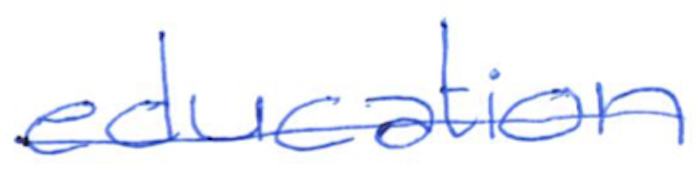
Text: education
Cross-out: single-line
Writing tool: ballpoint